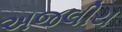
અજલીય